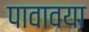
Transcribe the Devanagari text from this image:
पावावया